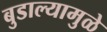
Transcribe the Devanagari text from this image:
बुडाल्यामुळे